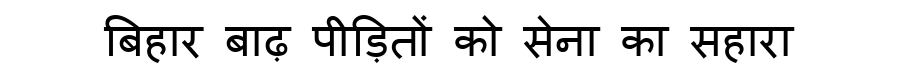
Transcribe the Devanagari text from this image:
बिहार बाढ़ पीड़ितों को सेना का सहारा